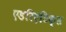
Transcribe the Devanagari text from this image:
एडरिएटिक्स